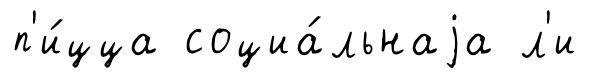
п'и́цца социа́льнаjа л'и